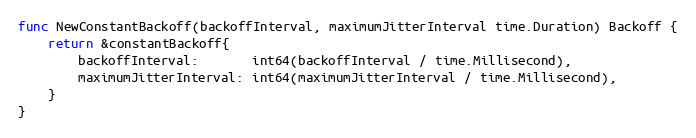
Language: Go
func NewConstantBackoff(backoffInterval, maximumJitterInterval time.Duration) Backoff {
	return &constantBackoff{
		backoffInterval:       int64(backoffInterval / time.Millisecond),
		maximumJitterInterval: int64(maximumJitterInterval / time.Millisecond),
	}
}